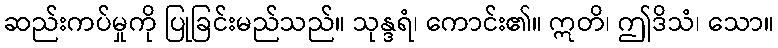
ဆည်းကပ်မှုကို ပြုခြင်းမည်သည်။ သုန္ဒရံ၊ ကောင်း၏။ ဣတိ၊ ဤဒိသံ၊ သော။